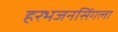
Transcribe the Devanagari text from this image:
हरभजनसिंगला